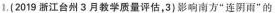
1. (2019 浙江台州 3 月教学质量评估，3)影响南方“连阴雨”的